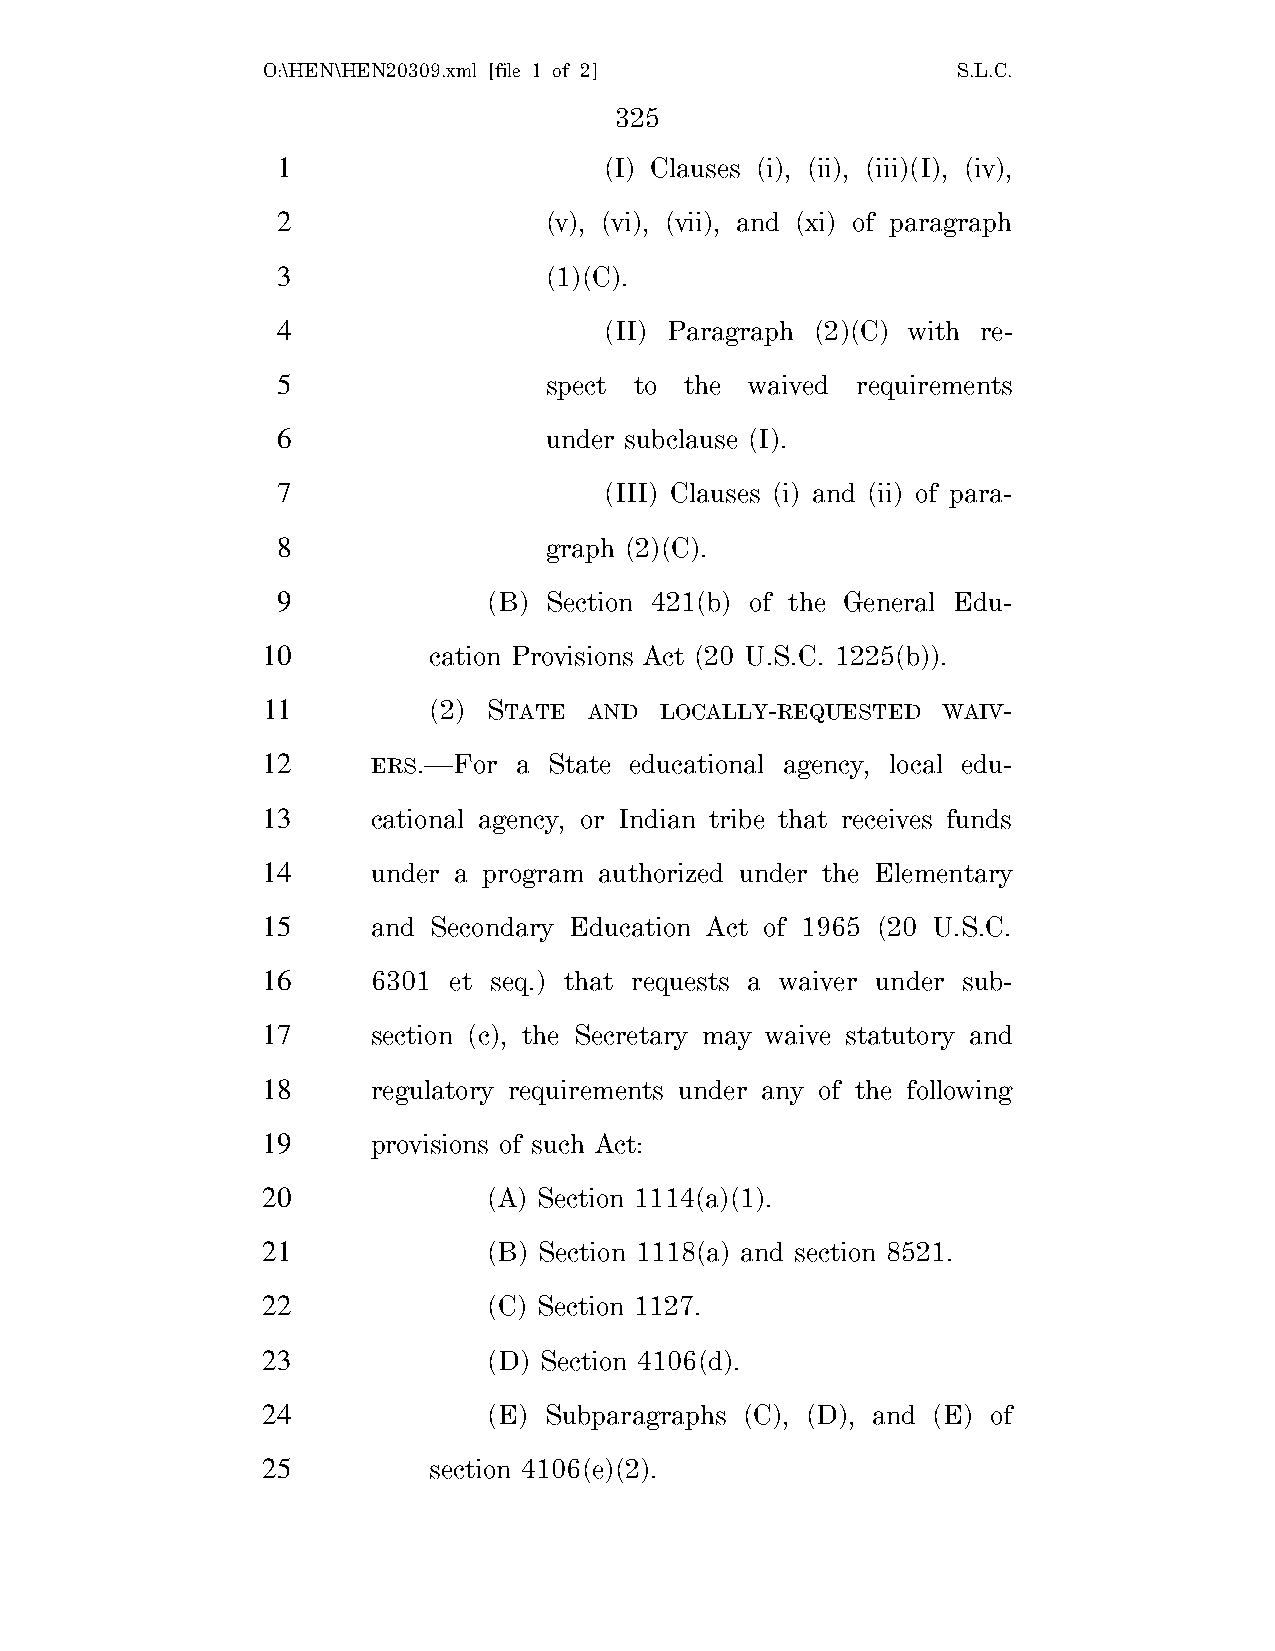
O:\HEN\HEN20309.xml [file 1 of 2]             S.L.C.
 325
 1                     (I) Clauses (i), (ii), (iii)(I), (iv),
 2                 (v), (vi), (vii), and (xi) of paragraph
 3                 (1)(C).
 4                     (II) Paragraph (2)(C) with re-
 5                 spect to the  waived requirements
 6                 under subclause (I).
 7                     (III) Clauses (i) and (ii) of para-
 8                 graph (2)(C).
 9             (B) Section 421(b) of the General Edu-
 10         cation Provisions Act (20 U.S.C. 1225(b)).
 11         (2) STATE  AND  LOCALLY-REQUESTED WAIV-
 12      ERS.—For a State educational agency, local edu-
 13      cational agency, or Indian tribe that receives funds
 14      under a program authorized under the Elementary
 15      and Secondary Education Act of 1965 (20 U.S.C.
 16      6301 et seq.) that requests a waiver under sub-
 17      section (c), the Secretary may waive statutory and
 18      regulatory requirements under any of the following
 19      provisions of such Act:
 20             (A) Section 1114(a)(1).
 21             (B) Section 1118(a) and section 8521.
 22             (C) Section 1127.
 23             (D) Section 4106(d).
 24             (E) Subparagraphs (C), (D), and (E) of
 25         section 4106(e)(2).